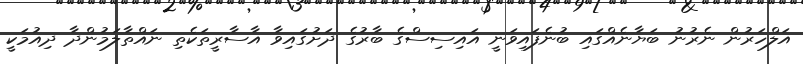
އަލްހަރުން ނެރުނު ބަޔާނެއްގައި ބުނެފައިވަނީ އައިސިސްގެ ބާރުގެ ދަށުގައިވާ އާސާރީތަކެތި ނައްތާލަމުންދާ ދިއުމަކީ